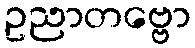
ဥညာတဗ္ဗော